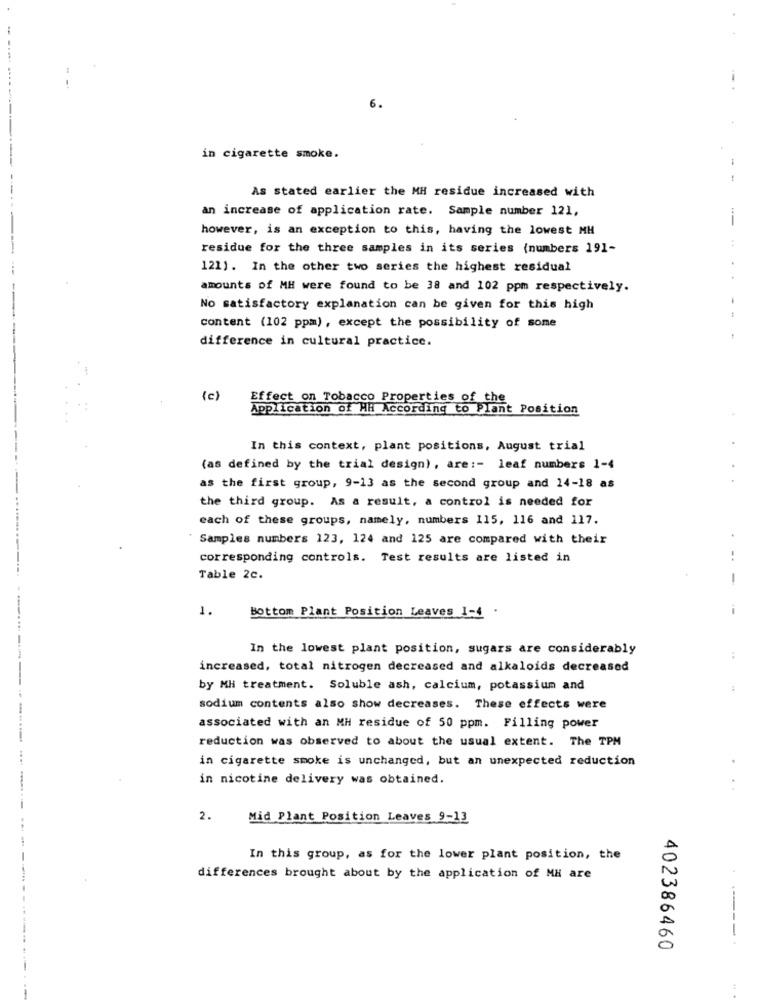
6.
in cigarette smoke.
As stated earlier the MH residue increased with
an increase of application rate. Sample number 121,
-
however, is an exception to this, having the lowest MH
:
residue for the three samples in its series (numbers 191-
.
121). In the other two series the highest residual
. .
amounts of MH were found to be 38 and 102 ppm respectively.
No satisfactory explanation can be given for this high
content (102 ppm), except the possibility of some
difference in cultural practice.
---
(c)
Effect on Tobacco Properties of the
Application of HH According to Plant Position
.
In this context, plant positions, August trial
(as defined by the trial design), are :- leaf numbers 1-4
as the first group, 9-13 as the second group and 14-18 as
the third group. As a result, a control is needed for
each of these groups, namely, numbers 115, 116 and 117.
Samples numbers 123, 124 and 125 are compared with their
corresponding controls. Test results are listed in
Table 2c.
-
1.
Bottom Plant Position Leaves 1-4
In the lowest plant position, sugars are considerably
increased, total nitrogen decreased and alkaloids decreased
by MHi treatment. Soluble ash, calcium, potassium and
sodium contents also show decreases. These effects were
associated with an MH residue of 50 ppm. Filling power
reduction was observed to about the usual extent. The TPM
in cigarette smoke is unchanged, but an unexpected reduction
in nicotine delivery was obtained.
2.
Mid Plant Position Leaves 9-13
In this group, as for the lower plant position, the
differences brought about by the application of MH are
----
402386460